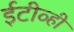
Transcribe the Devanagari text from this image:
ईटीव्ही